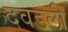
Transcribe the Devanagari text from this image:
दवडली